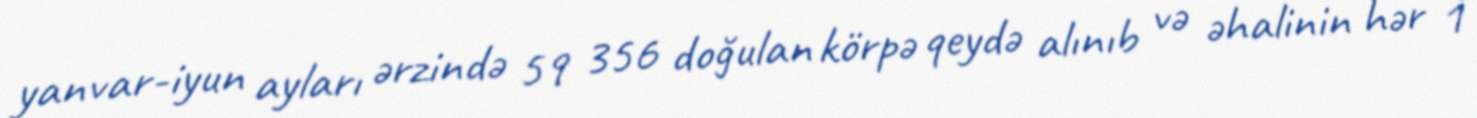
yanvar-iyun ayları ərzində 59 356 doğulan körpə qeydə alınıb və əhalinin hər 1